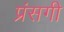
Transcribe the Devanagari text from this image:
प्रंसगी